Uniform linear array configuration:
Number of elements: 32
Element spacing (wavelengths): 0.25
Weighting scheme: exponential
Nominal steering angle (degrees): -45
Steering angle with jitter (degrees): -46.817
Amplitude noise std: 0.05
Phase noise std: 0.05

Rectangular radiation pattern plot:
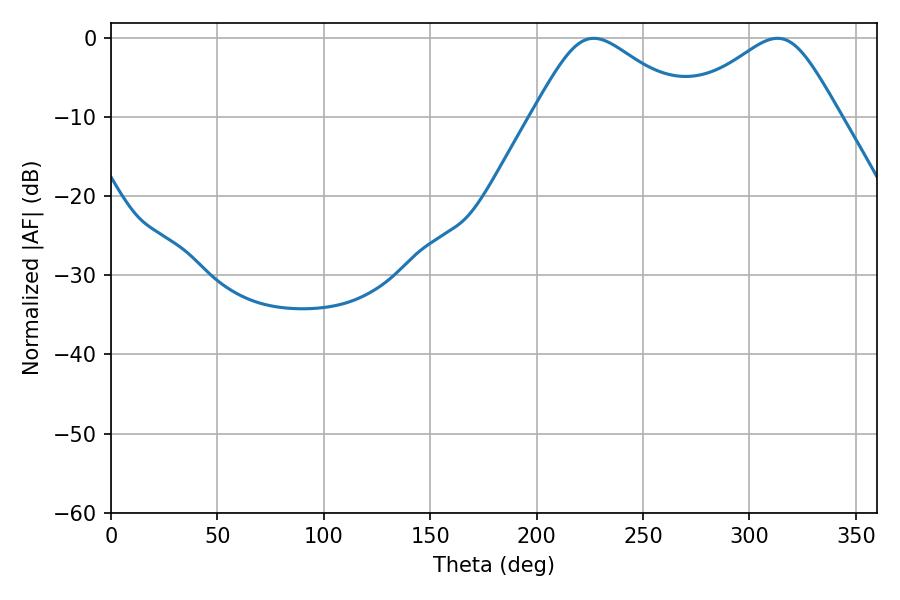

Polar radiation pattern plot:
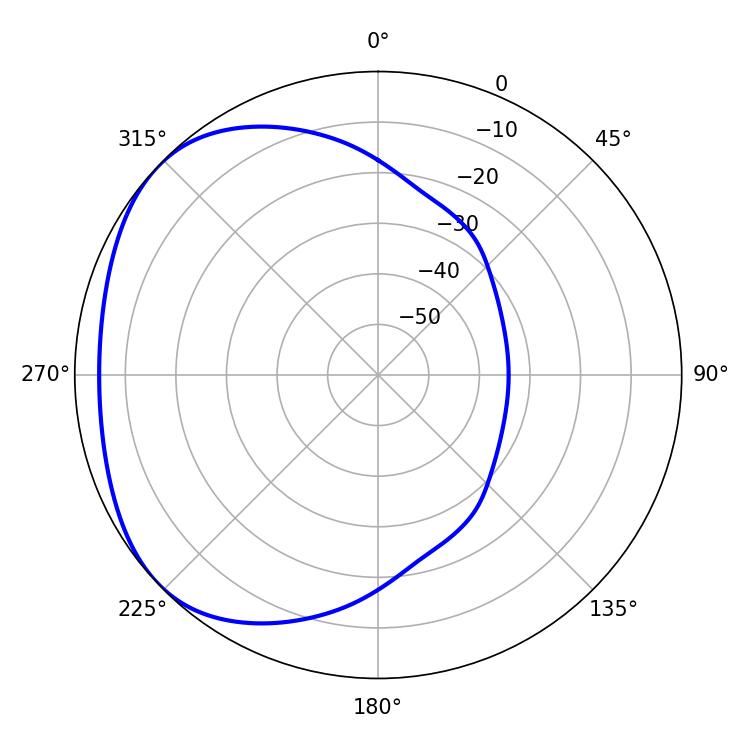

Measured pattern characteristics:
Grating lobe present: FALSE
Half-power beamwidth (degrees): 36.72
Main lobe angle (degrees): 226.8